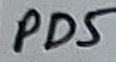
Text: PD5